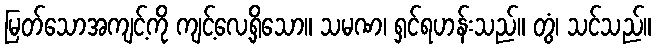
မြတ်သောအကျင့်ကို ကျင့်လေ့ရှိသော။ သမဏ၊ ရှင်ရဟန်းသည်။ တွံ၊ သင်သည်။